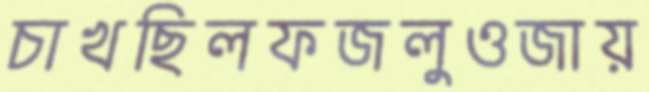
চাখছিলফজলুওজায়